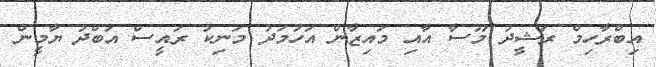
އިބްރާހިމް ރަޝީދު މޫސާ އާއި މައިޒާން އަހުމަދު މަނިކު ރައީސް އަބްދު ޔާމީން